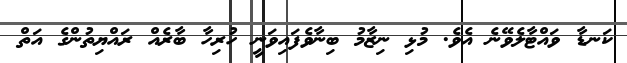
ކަނޑާ ވައްޓާލެވޭނެ އެވެ. މުޅި ނިޒާމު ބިނާވެފައިވަނީ ހުރިހާ ބާރެއް ރައްޔިތުންގެ އަތް